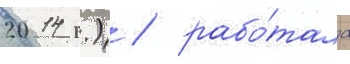
2014 г.) / рабо́тала